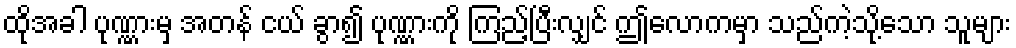
ထိုအခါ ပုဏ္ဏားမှ အတန် ငယ် ခွာ၍ ပုဏ္ဏားကို ကြည့်ပြီးလျှင် ဤလောကမှာ သည်ကဲ့သို့သော သူများ